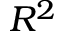
R ^ { 2 }